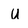
Character: U